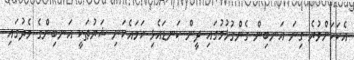
އެކަކަށްވުރެ ގިނަ އަނބިން ގެންގުޅުމުގައި ދީން ކަނޑައެޅި ހަމައެކަނި ޝަރުޠަކީ އަނބިންގެ މެދުގައި